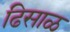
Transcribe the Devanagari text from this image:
ढिसाळ